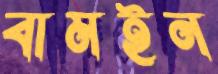
বামইন